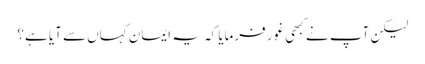
لیکن آپ نے کبھی غور فرمایا کہ یہ ایمان کہاں سے آیا ہے؟